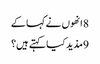
8 انھوں نے کہا کے
9 مذید کیا کہتے ہیں؟